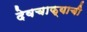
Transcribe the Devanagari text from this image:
देवचाफ्याची